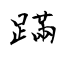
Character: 蹣